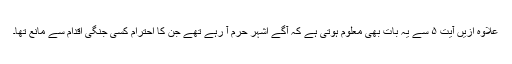
علاوہ ازیں آیت ۵ سے یہ بات بھی معلوم ہوتی ہے کہ آگے اشہر حرم آ رہے تھے جن کا احترام کسی جنگی اقدام سے مانع تھا۔